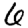
Digit: 6